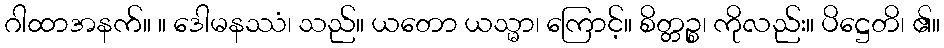
ဂါထာအနက်။ ။ ဒေါမနဿံ၊ သည်။ ယတော ယသ္မာ၊ ကြောင့်။ စိတ္တဉ္စ၊ ကိုလည်း။ ပိဋ္ဌေတိ၊ ၏။